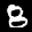
Label: 8